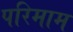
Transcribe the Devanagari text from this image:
परिमाम